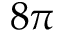
8 \pi